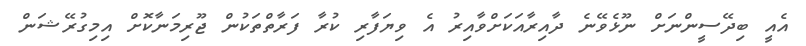
އެއީ ބިދޭސީންނަށް ނޫޅެވޭނެ ދާއިރާއަކަށްވާއިރު އެ ވިޔަފާރި ކުރާ ފަރާތްތަކުން ޖޫރިމަނާކޮށް އިމިގުރޭޝަން